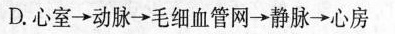
D.心室→动脉→毛细血管网→静脉→心房